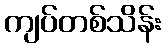
ကျပ်တစ်သိန်း